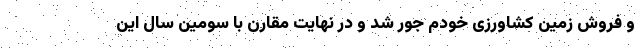
و فروش زمین کشاورزی خودم جور شد و در نهایت مقارن با سومین سال این